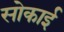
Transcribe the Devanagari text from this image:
सोकाई